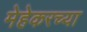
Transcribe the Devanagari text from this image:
मेहेकरच्या